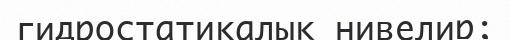
гидростатикалық нивелир;